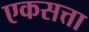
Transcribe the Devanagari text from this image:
एकसत्ता